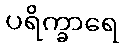
ပရိက္ခာရေ